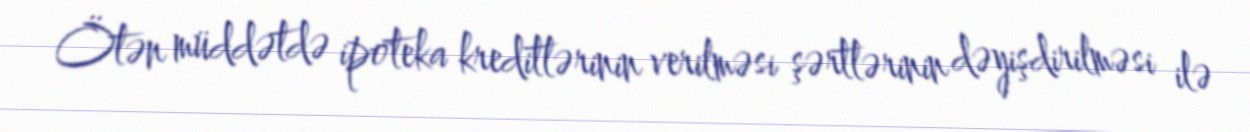
Ötən müddətdə ipoteka kreditlərinin verilməsi şərtlərinin dəyişdirilməsi ilə